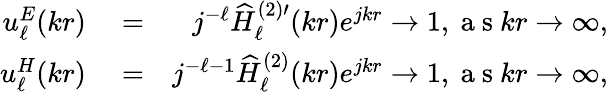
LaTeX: \begin{array}{rlr}{u_{\ell}^{E}(kr)}&{{}=}&{j^{-\ell}\widehat{H}_{\ell}^{(2)\prime}(kr)e^{jkr}\to 1,\mathrm{~a~s~}kr\to\infty,}\\ {u_{\ell}^{H}(kr)}&{{}=}&{j^{-\ell-1}\widehat{H}_{\ell}^{(2)}(kr)e^{jkr}\to 1,\mathrm{~a~s~}kr\to\infty,}\end{array}